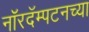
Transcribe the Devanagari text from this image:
नॉरदॅम्पटनच्या